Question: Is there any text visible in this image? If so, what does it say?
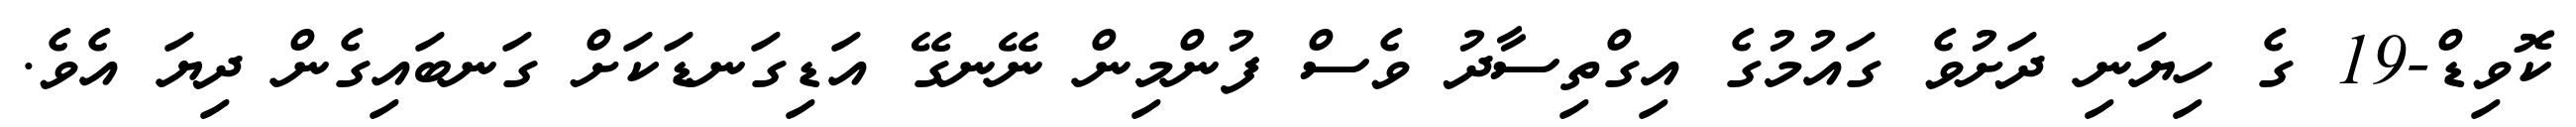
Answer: ކޮވިޑް-19 ގެ ހިޔަނި ދަށުވެ ގައުމުގެ އިގްތިސާދު ވެސް ފުންމިން ނޭނގޭ އަޑިގަނޑަކަށް ގަނބައިގެން ދިޔަ އެވެ.